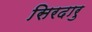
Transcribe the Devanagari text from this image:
सिरदारु